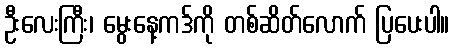
ဦးလေးကြီး၊ မွေးနေ့ကဒ်ကို တစ်ဆိတ်လောက် ပြပေးပါ။